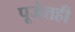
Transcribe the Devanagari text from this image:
पूजेतही